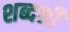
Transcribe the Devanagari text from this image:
शब्दश्री